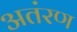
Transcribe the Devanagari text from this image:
अतंरण